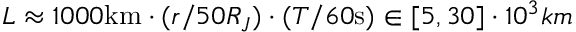
L \approx 1 0 0 0 \mathrm { k m } \cdot ( r / 5 0 R _ { J } ) \cdot ( T / 6 0 \mathrm { s } ) \in [ 5 , 3 0 ] \cdot 1 0 ^ { 3 } k m